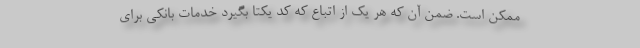
ممکن است. ضمن آن که هر یک از اتباع که کد یکتا بگیرد خدمات بانکی برای